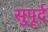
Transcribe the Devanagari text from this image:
सुुपूर्द